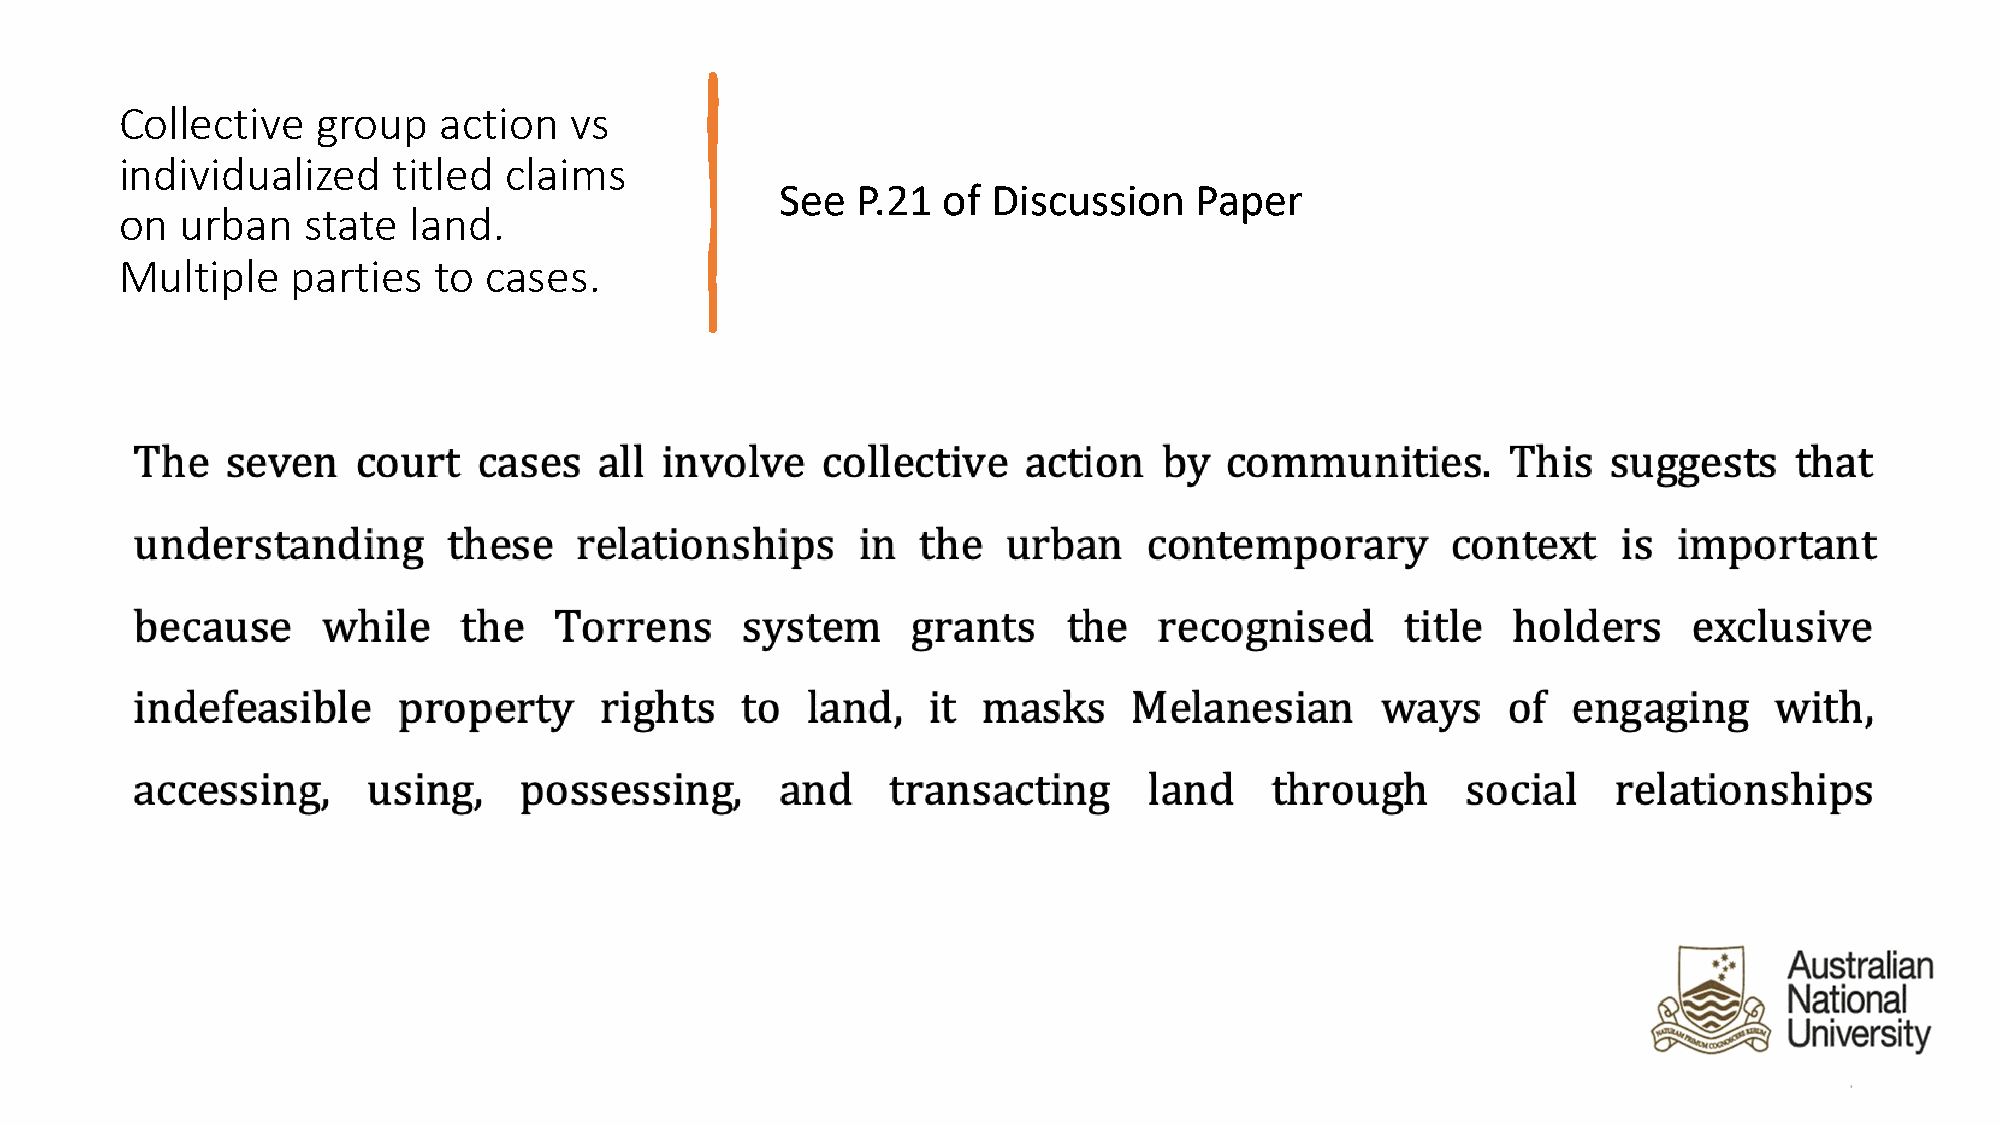
Collective   group   action   vs
 individualized    titled claims
 See  P.21 of  Discussion   Paper
 on  urban   state  land.
 Multiple   parties   to cases.